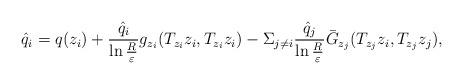
LaTeX: \begin{align*}\hat{q}_i=q(z_i)+\frac{\hat{q}_i}{\ln\frac{R}{\varepsilon}}g_{z_i}(T_{z_i}z_i, T_{z_i}z_i)-\Sigma_{j\neq i}\frac{\hat{q}_j}{\ln\frac{R}{\varepsilon}}\bar{G}_{z_j}(T_{z_j}z_i, T_{z_j}z_j),\end{align*}